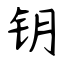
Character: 钥